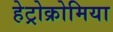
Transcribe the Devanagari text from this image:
हेट्रोक्रोमिया